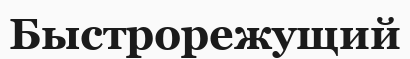
Быстрорежущий